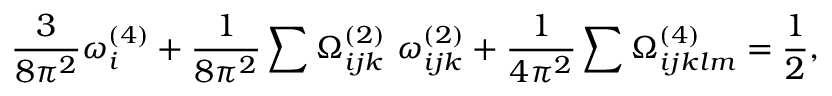
\frac { 3 } { 8 \pi ^ { 2 } } \omega _ { i } ^ { ( 4 ) } + \frac { 1 } { 8 \pi ^ { 2 } } \sum \Omega _ { i j k } ^ { ( 2 ) } ~ \omega _ { i j k } ^ { ( 2 ) } + \frac { 1 } { 4 \pi ^ { 2 } } \sum \Omega _ { i j k l m } ^ { ( 4 ) } = \frac { 1 } { 2 } ,